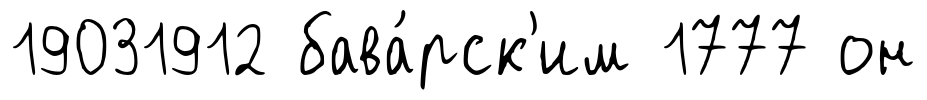
19031912 бава́рск'им 1777 он